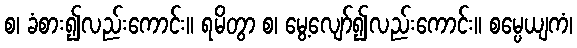
စ၊ ခံစား၍လည်းကောင်း။ ရမိတွာ စ၊ မွေ့လျော်၍လည်းကောင်း။ စမ္ပေယျကံ၊